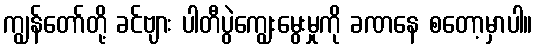
ကျွန်တော်တို့ ခင်ဗျား ပါတီပွဲကျွေးမွေးမှုကို ခဏနေ စတော့မှာပါ။